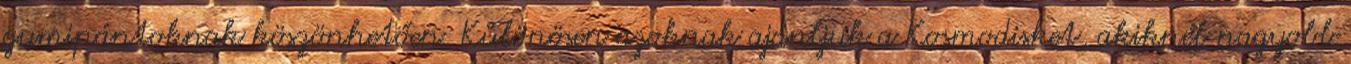
gumipántoknak köszönhetően. Különösen azoknak ajánljuk a Kosmodisket, akiknél nagyobb